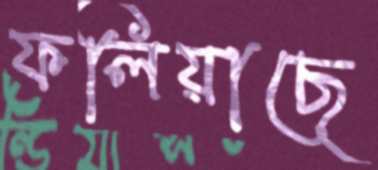
ফলিয়াছে